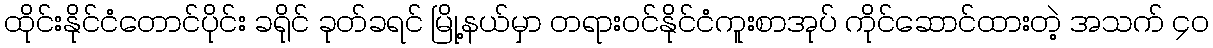
ထိုင်းနိုင်ငံတောင်ပိုင်း ခရိုင် ခုတ်ခရင် မြို့နယ်မှာ တရားဝင်နိုင်ငံကူးစာအုပ် ကိုင်ဆောင်ထားတဲ့ အသက် ၄၀